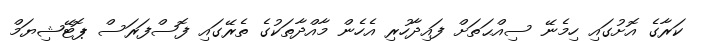
ކަރާގެ އޮށުގައި ހިމެނޭ ސިއްޙަތަށް ފައިދާހުރި އެހެން މާއްދާތަކުގެ ތެރޭގައި ފޮސްފަރަސް ޕޮޓޭޝިޔަމް